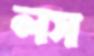
লস